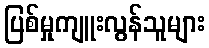
ပြစ်မှုကျူးလွန်သူများ